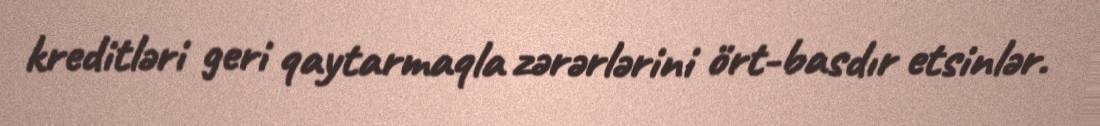
kreditləri geri qaytarmaqla zərərlərini ört-basdır etsinlər.